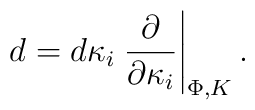
d=d\kappa_i \left.{\partial\over\partial\kappa_i}\right|_{\Phi,K}.